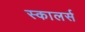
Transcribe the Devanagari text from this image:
स्कालर्स